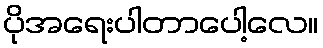
ပိုအရေးပါတာပေါ့လေ။